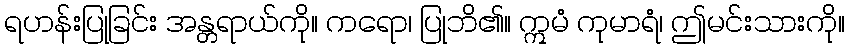
ရဟန်းပြုခြင်း အန္တရာယ်ကို။ ကရော၊ ပြုဘိ၏။ ဣမံ ကုမာရံ၊ ဤမင်းသားကို။